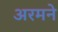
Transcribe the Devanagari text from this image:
अरमने